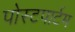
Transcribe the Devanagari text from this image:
पोस्‍टपार्टम